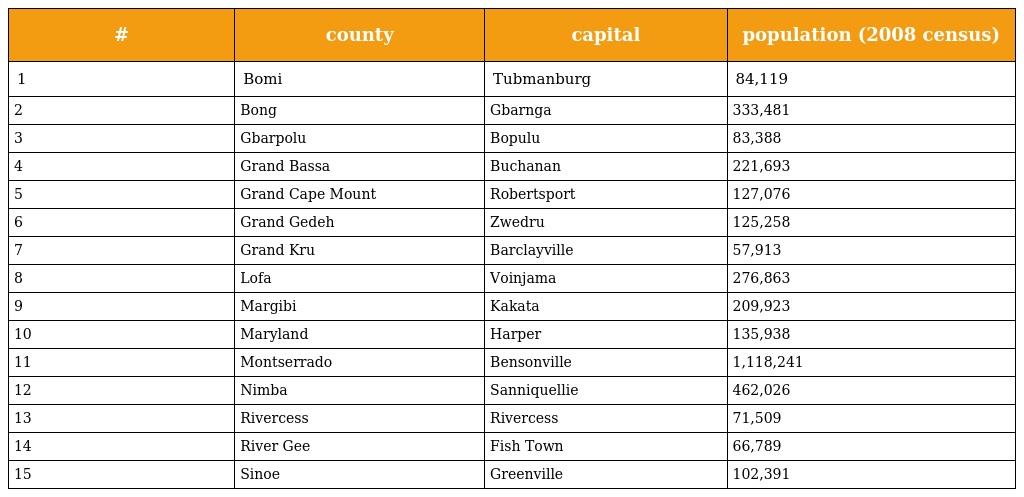
| # | county | capital | population (2008 census) |
 | --- | --- | --- | --- |
 | 1 | Bomi | Tubmanburg | 84,119 |
 | 2 | Bong | Gbarnga | 333,481 |
 | 3 | Gbarpolu | Bopulu | 83,388 |
 | 4 | Grand Bassa | Buchanan | 221,693 |
 | 5 | Grand Cape Mount | Robertsport | 127,076 |
 | 6 | Grand Gedeh | Zwedru | 125,258 |
 | 7 | Grand Kru | Barclayville | 57,913 |
 | 8 | Lofa | Voinjama | 276,863 |
 | 9 | Margibi | Kakata | 209,923 |
 | 10 | Maryland | Harper | 135,938 |
 | 11 | Montserrado | Bensonville | 1,118,241 |
 | 12 | Nimba | Sanniquellie | 462,026 |
 | 13 | Rivercess | Rivercess | 71,509 |
 | 14 | River Gee | Fish Town | 66,789 |
 | 15 | Sinoe | Greenville | 102,391 |